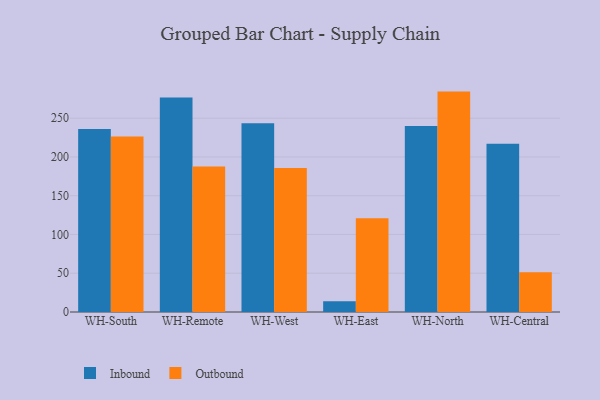
{"axis": {"x": "Warehouse", "y": "Website Visitors"}, "legend": ["Inbound", "Outbound"], "data": [{"x": "WH-South", "y": 236.0, "type": "Inbound"}, {"x": "WH-South", "y": 226.4, "type": "Outbound"}, {"x": "WH-Remote", "y": 276.6, "type": "Inbound"}, {"x": "WH-Remote", "y": 187.6, "type": "Outbound"}, {"x": "WH-West", "y": 243.4, "type": "Inbound"}, {"x": "WH-West", "y": 185.8, "type": "Outbound"}, {"x": "WH-East", "y": 14.0, "type": "Inbound"}, {"x": "WH-East", "y": 120.8, "type": "Outbound"}, {"x": "WH-North", "y": 239.9, "type": "Inbound"}, {"x": "WH-North", "y": 284.3, "type": "Outbound"}, {"x": "WH-Central", "y": 216.9, "type": "Inbound"}, {"x": "WH-Central", "y": 51.4, "type": "Outbound"}]}